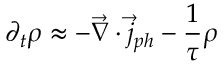
\partial _ { t } \rho \approx - \vec { \nabla } \cdot \vec { j } _ { p h } - \frac { 1 } { \tau } \rho